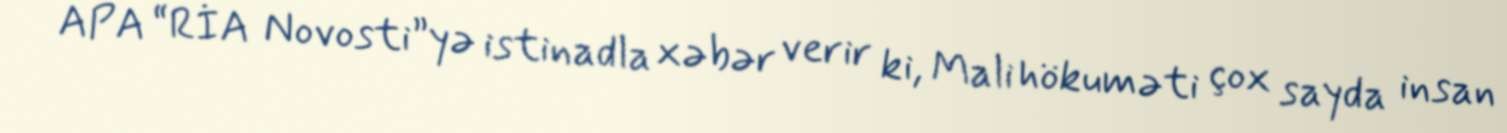
APA “RİA Novosti”yə istinadla xəbər verir ki, Mali hökuməti çox sayda insan